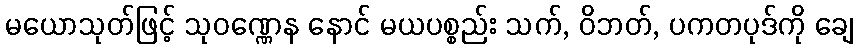
မယောသုတ်ဖြင့် သုဝဏ္ဏေန နောင် မယပစ္စည်း သက်, ဝိဘတ်, ပကတပုဒ်ကို ချေ